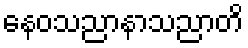
နေဝသညာနာသညာတိ